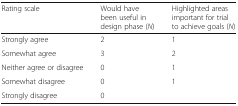
<table><thead><tr><td><b>Rating scale</b></td><td><b>Would have been useful in design phase (<i>N</i>)</b></td><td><b>Highlighted areas important for trial to achieve goals (<i>N</i>)</b></td></tr></thead><tbody><tr><td>Strongly agree</td><td>2</td><td>1</td></tr><tr><td>Somewhat agree</td><td>3</td><td>2</td></tr><tr><td>Neither agree or disagree</td><td>0</td><td>1</td></tr><tr><td>Somewhat disagree</td><td>0</td><td>1</td></tr><tr><td>Strongly disagree</td><td>0</td><td>[EMPTY_CELL]</td></tr></tbody></table>